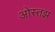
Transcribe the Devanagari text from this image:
ओस्तझ